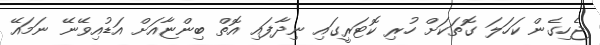
ޖެހިގެން ކަހަލަ ގޮތަކަށް ހުރި ކޮޓަރީގައި ނިދާފައި އޮތް ބިންޏާއަށް އަޑުއިވޭނޭ ނަމައޭ